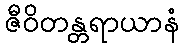
ဇီဝိတန္တရာယာနံ